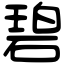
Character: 碧